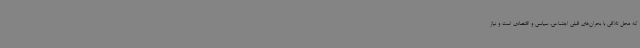
که محل تلاقی با بحران‌های قبلی اجتماعی، سیاسی و اقتصادی است و نیاز